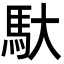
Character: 馱